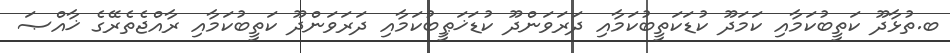
ބ.ތުޅާދޫ ކަތީބުކަމާއި ކަމަދޫ ކުޑަކަތީބުކަމާއި ދަރަވަންދޫ ކުޑަޚަޠީބުކަމާއި ދަރަވަންދޫ ކަތީބުކަމާއި ރާއްޖެތެރޭގެ ޚާއްޞަ